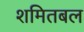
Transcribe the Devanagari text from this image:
शमितबल